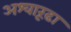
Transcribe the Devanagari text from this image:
अश्वारूढा